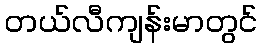
တယ်လီကျန်းမာတွင်